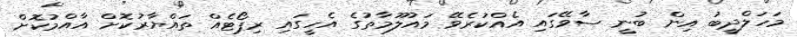
މަހަލްދީބު އިން ބުނީ ސާވޭގައި އެއްކުރެވޭ މައުލޫމާތުގެ އެހީގައި ރިޕޯޓެއް ތައްޔާރުކޮށް އާއްމުކޮށް